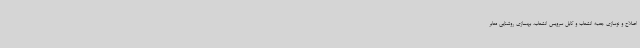
اصلاح و نوسازی جعبه انشعاب و کابل سرویس انشعاب، بهسازی روشنایی معابر